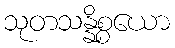
သုတသန္နိစ္စယော